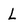
Character: L